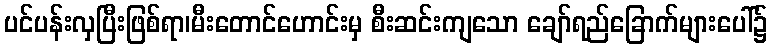
ပင်ပန်းလှပြီးဖြစ်ရာ၊မီးတောင်ဟောင်းမှ စီးဆင်းကျသော ချော်ရည်ခြောက်များပေါ်၌